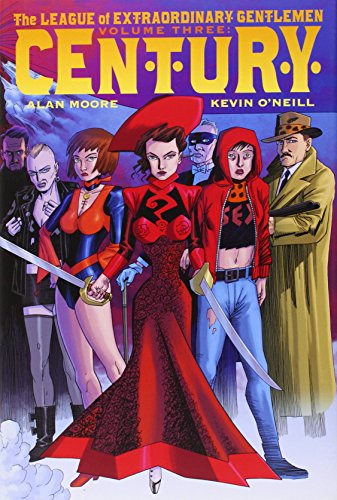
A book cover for The League of Extraordinary Gentlemen (Volume III): Century; Alan Moore; Comics & Graphic Novels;